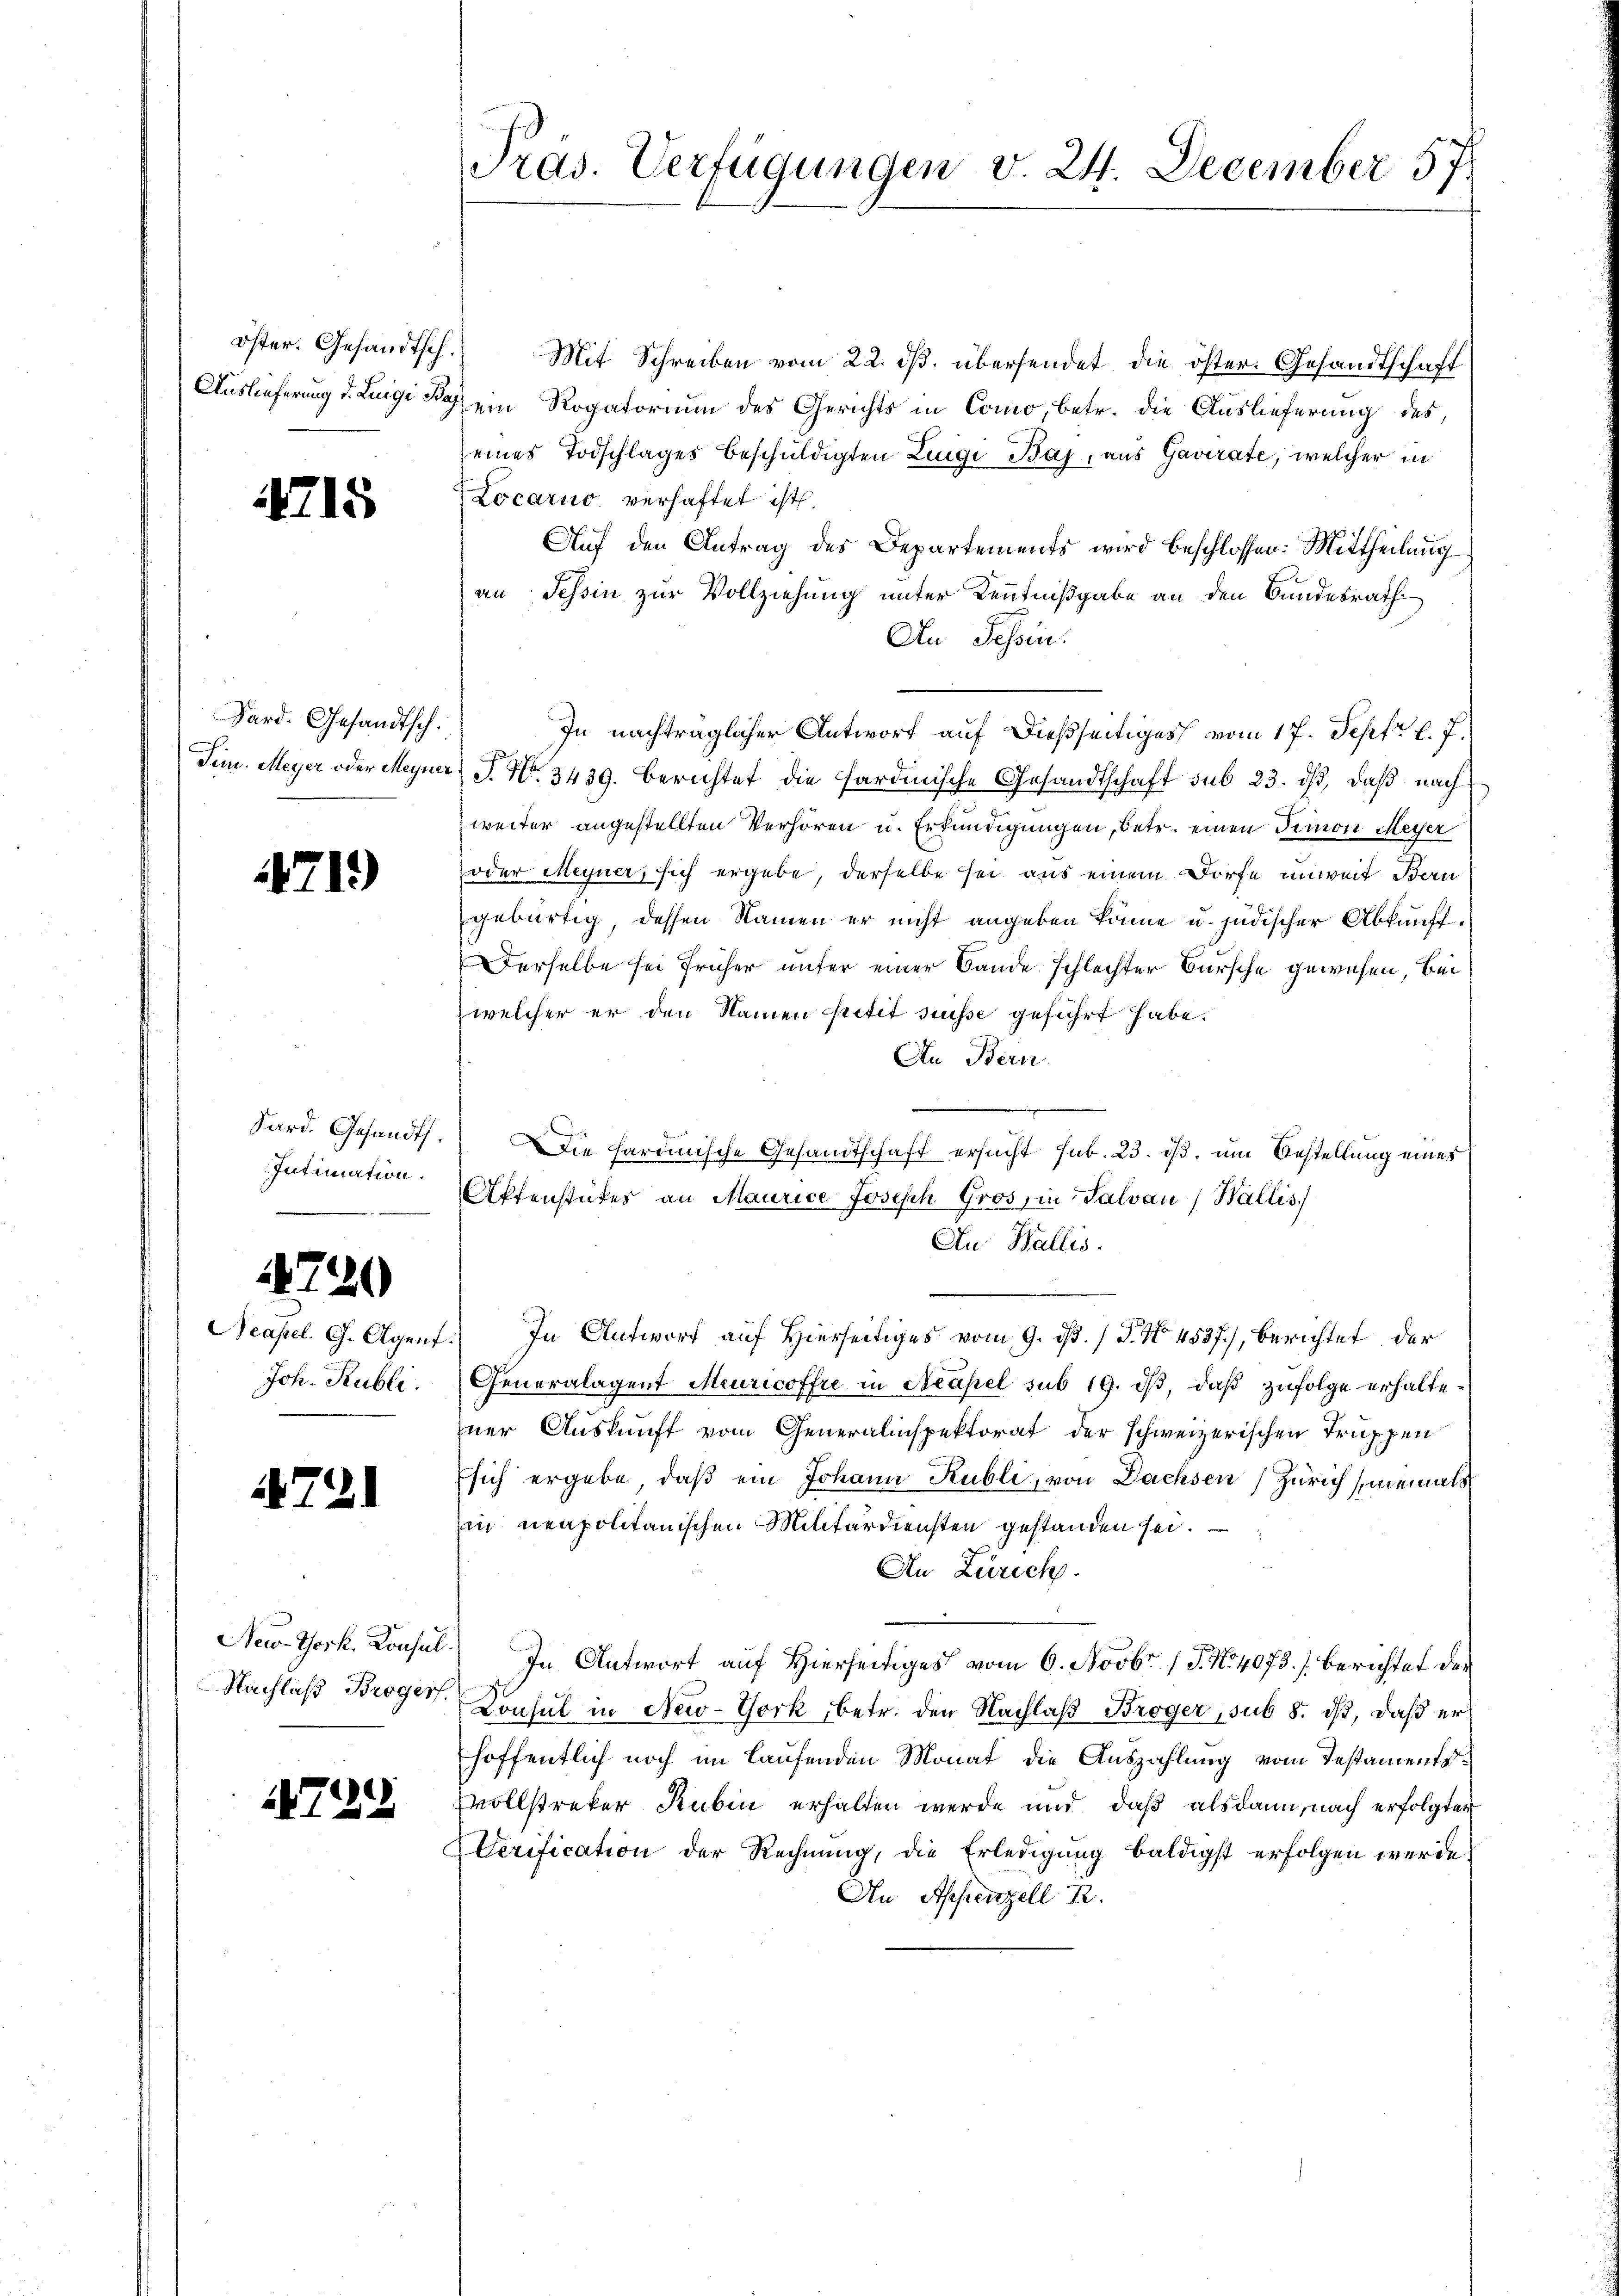
Öster. Gesandtsch.
Auslieferung d. Luigi Bay

1715

Sard. Gesandtsch.
Tem. Meyer oder Meyner

4719)

Sard. Gesandt.
Intimation.

1720

Neapel. G. Agent.
Joh. Publi

1721

New-York. Konsul
Nachlaß Brogers.

1739

Pras. Verfügungen v. 24. December 5.

Mit Schreiben vom 22. ds. übersendet die öster. Gesandtschaft
ein Rogatorium des Gerichts in Como, betr. die Auslieferung des
eines Todschlages beschuldigten Luigi Bay, aus Gavirate, welcher in
Locario verhaftet ist.
Auf den Antrag des Departements wird beschlossen: Mittheilung
an Tessin zur Vollziehung unter Kenntnißgabe an den Bundesrath
An Tessin.
In nachträglicher Antwort auf dießseitiges vom 17. Sept. l. J.
T. No. 3439. Berichtet die sardinische Gesandtschaft sub 23. ds, daß nach
weiter angestellten Verhören u. Erkundigungen, betr. einen Simon Meiser
oder Meyner, sich ergebe, derselbe sei aus einem Dorfe unweit Ben
gebürtig, dessen Namen er nicht angeben könne u. jüdischer Abkunft.
Derselbe sei früher unter einer Bande schlechter Bursche gewesen, bei
welcher er den Namen Petit sesse geführt habe.
An Bern.
Die hardinische Gesandtschaft ersucht sub. 23. ds, um Bestellung eines
Affenstückes an Maurice Joseph Gros, in Salvan Wallis
Au Wallis.
In Antwort auf Hierseitiges vom 9. ds. / P. Nr. 4537), berichtet der
Generalagent Meuricoffre in Acapel sub 19. dβ, daß zufolge erhaltener Auskunft vom Generalinspektorat der schweizerischen Truppen
sich ergebe, daß ein Johann Kubli, von Dachsen Zürich niemals
in neapolitanischen Militärdiensten gestanden sei.
An Zürich.
In Antwort auf Hierseitiges vom 6. Novbr. 17. No 4073.) Berichtet der
Konsul in New-York, betr. den Nachlaß Bröger, sub 8. dß, daß erhoffentlich noch im Laufenden Monat die Auszahlung vom Testaments
vollstreker Rubin erhalten werde und daß alsdann, nach erfolgter
Verification der Rechnung, die Erledigung baldigst erfolgen werde,
An Appenzell R.